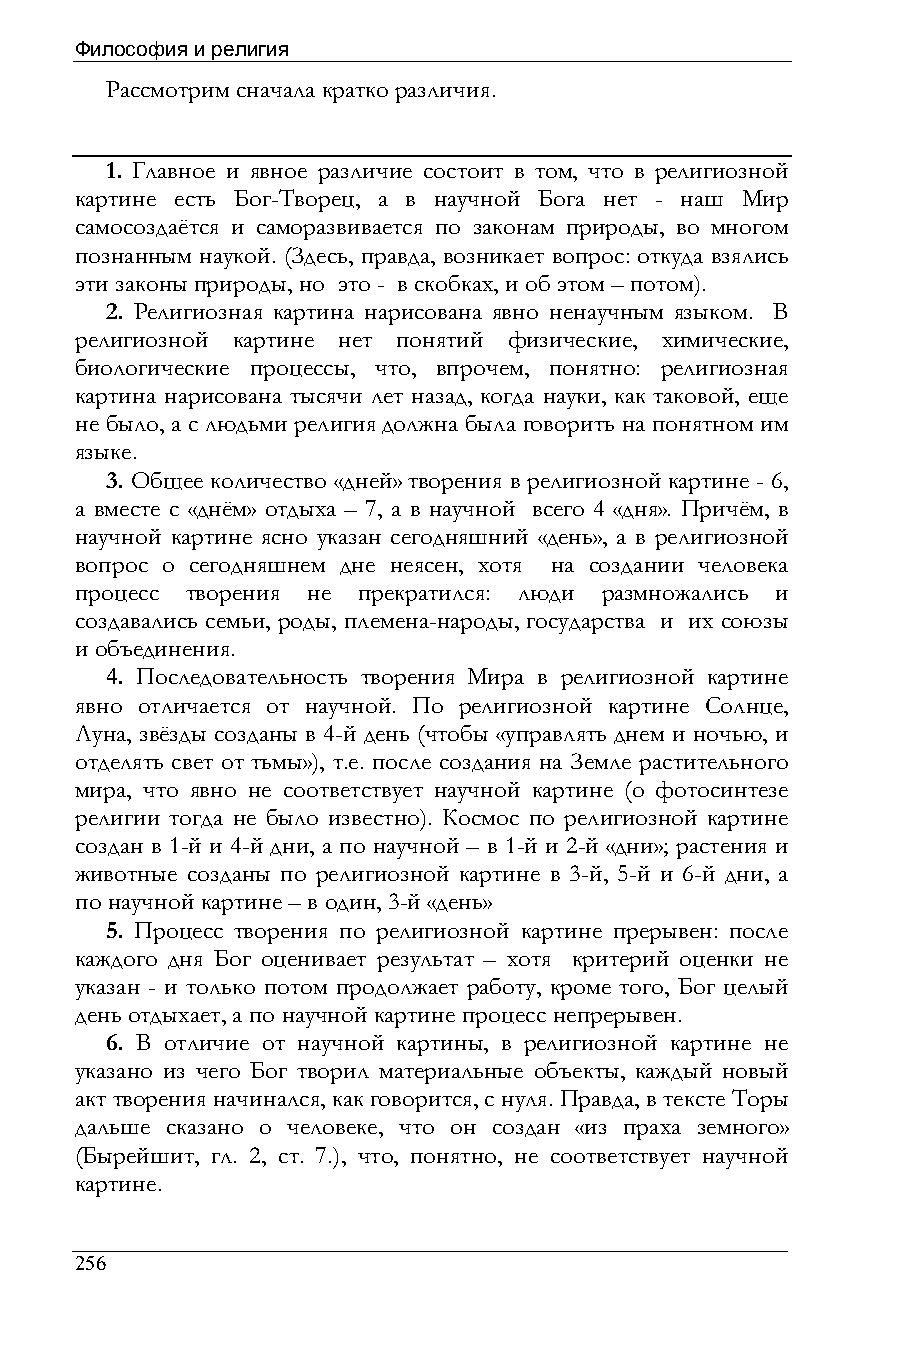
Философия и религия
 Рассмотрим сначала кратко различия.
 1. Главное и явное различие состоит в том, что в религиозной
 картине есть Бог-Творец, а в научной Бога нет - наш Мир
 самосоздаётся и саморазвивается по законам природы, во многом
 познанным наукой. (Здесь, правда, возникает вопрос: откуда взялись
 эти законы природы, но это - в скобках, и об этом – потом).
 2. Религиозная картина нарисована явно ненаучным языком. В
 религиозной картине нет понятий физические, химические,
 биологические процессы, что, впрочем, понятно: религиозная
 картина нарисована тысячи лет назад, когда науки, как таковой, еще
 не было, а с людьми религия должна была говорить на понятном им
 языке.
 3. Общее количество «дней» творения в религиозной картине - 6,
 а вместе с «днём» отдыха – 7, а в научной всего 4 «дня». Причём, в
 научной картине ясно указан сегодняшний «день», а в религиозной
 вопрос о сегодняшнем дне неясен, хотя на создании человека
 процесс творения не прекратился: люди размножались и
 создавались семьи, роды, племена-народы, государства и их союзы
 и объединения.
 4. Последовательность творения Мира в религиозной картине
 явно отличается от научной. По религиозной картине Солнце,
 Луна, звёзды созданы в 4-й день (чтобы «управлять днем и ночью, и
 отделять свет от тьмы»), т.е. после создания на Земле растительного
 мира, что явно не соответствует научной картине (о фотосинтезе
 религии тогда не было известно). Космос по религиозной картине
 создан в 1-й и 4-й дни, а по научной – в 1-й и 2-й «дни»; растения и
 животные созданы по религиозной картине в 3-й, 5-й и 6-й дни, а
 по научной картине – в один, 3-й «день»
 5. Процесс творения по религиозной картине прерывен: после
 каждого дня Бог оценивает результат – хотя критерий оценки не
 указан - и только потом продолжает работу, кроме того, Бог целый
 день отдыхает, а по научной картине процесс непрерывен.
 6. В отличие от научной картины, в религиозной картине не
 указано из чего Бог творил материальные объекты, каждый новый
 акт творения начинался, как говорится, с нуля. Правда, в тексте Торы
 дальше сказано о человеке, что он создан «из праха земного»
 (Бырейшит, гл. 2, ст. 7.), что, понятно, не соответствует научной
 картине.
 256